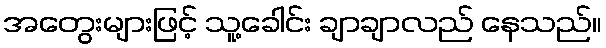
အတွေးများဖြင့် သူ့ခေါင်း ချာချာလည် နေသည်။